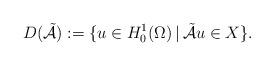
LaTeX: \begin{align*} D(\tilde{\mathcal{A}}) := \{u \in H^{1}_{0}(\Omega) \,|\, \tilde{\mathcal{A}} u \in X\}. \end{align*}